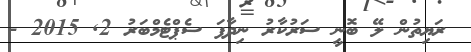
ރަޔިތުން ލޭ ބޮނީ ސަރުކާރު ނިދާފަ ސެޕްޓެމްބަރު 2